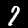
Label: 7